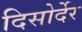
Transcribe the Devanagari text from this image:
दिसोर्देर